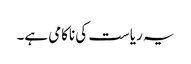
یہ ریاست کی ناکامی ہے۔